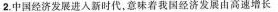
2.中国经济发展进入新时代，意味着我国经济发展由高速增长